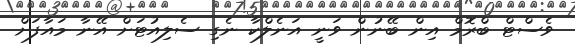
ވެސްޓް ބްރޮމް އިން ބޭނުން ވަނީ އަނެލްކާ ނެގި ސެލިއުޓަށް އޭނާ މައާފަށް